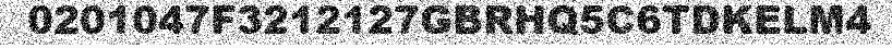
0201047F3212127GBRHQ5C6TDKELM4